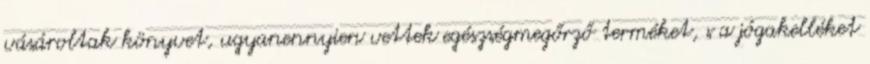
vásároltak könyvet, ugyanennyien vettek egészségmegőrző terméket, s a jógakelléket